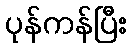
ပုန်ကန်ပြီး